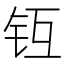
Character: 𨱀